Indian journal of veterinary science and animal husbandry - Volume 3,
Year: 1933
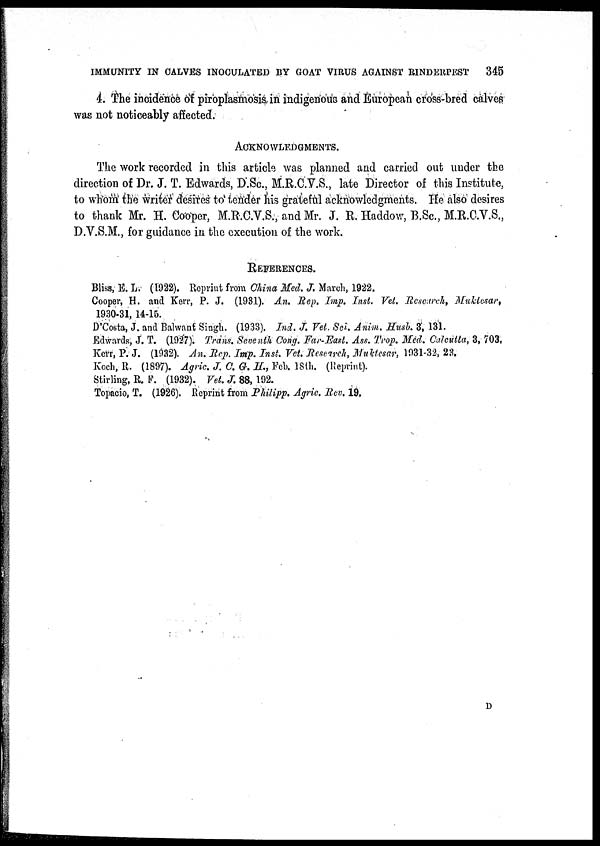
IMMUNITY IN CALVES INOCULATED BY GOAT VIRUS AGAINST RINDERPEST
345
4. The incidence of piroplasmosis in indigenous and European cross-bred calves
was not noticeably affected.
ACKNOWLEDGMENTS.
The work recorded in this article was planned and carried out under the
direction of Dr. J. T. Edwards, D.Sc., M.R.C.V.S., late Director of this Institute,
to whom the writer desires to tender his grateful acknowledgments. He also desires
to thank Mr. H. Cooper, M.R.C.V.S., and Mr. J. R. Haddow, B.Sc., M.R.C.V.S.,
D.V.S.M., for guidance in the execution of the work.
REFERENCES.
Bliss, E. L. (1922). Reprint from China Med. J. March, 1922.
Cooper, H. and Kerr, P. J. (1931). An. Rep. Imp. Inst. Vet. Research, Muktesar,
1930-31, 14-15.
D'Costa, J. and Balwant Singh. (1933). Ind. J. Vet. Sci. Anim. Husb. 3, 131.
Edwards, J. T. (1927). Trans. Seventh Cong. Far-East. Ass. Trop. Med. Calcutta, 3, 703.
Kerr, P. J. (1932). An. Rep. Imp. Inst. Vet. Research, Muktesar, 1931-32, 23.
Koch, R. (1897). Agric. J. C. G. H., Feb. 18th. (Reprint).
Stirling, R. F. (1932). Vet. J. 88, 192.
Topacio, T. (1926). Reprint from Philipp. Agric. Rev. 19,